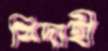
বিদাহী